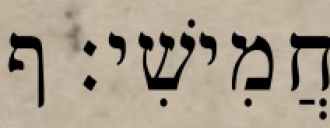
חֲמִישִׁי׃ ף